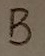
Text: B